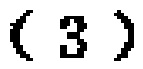
-3